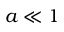
a \ll 1